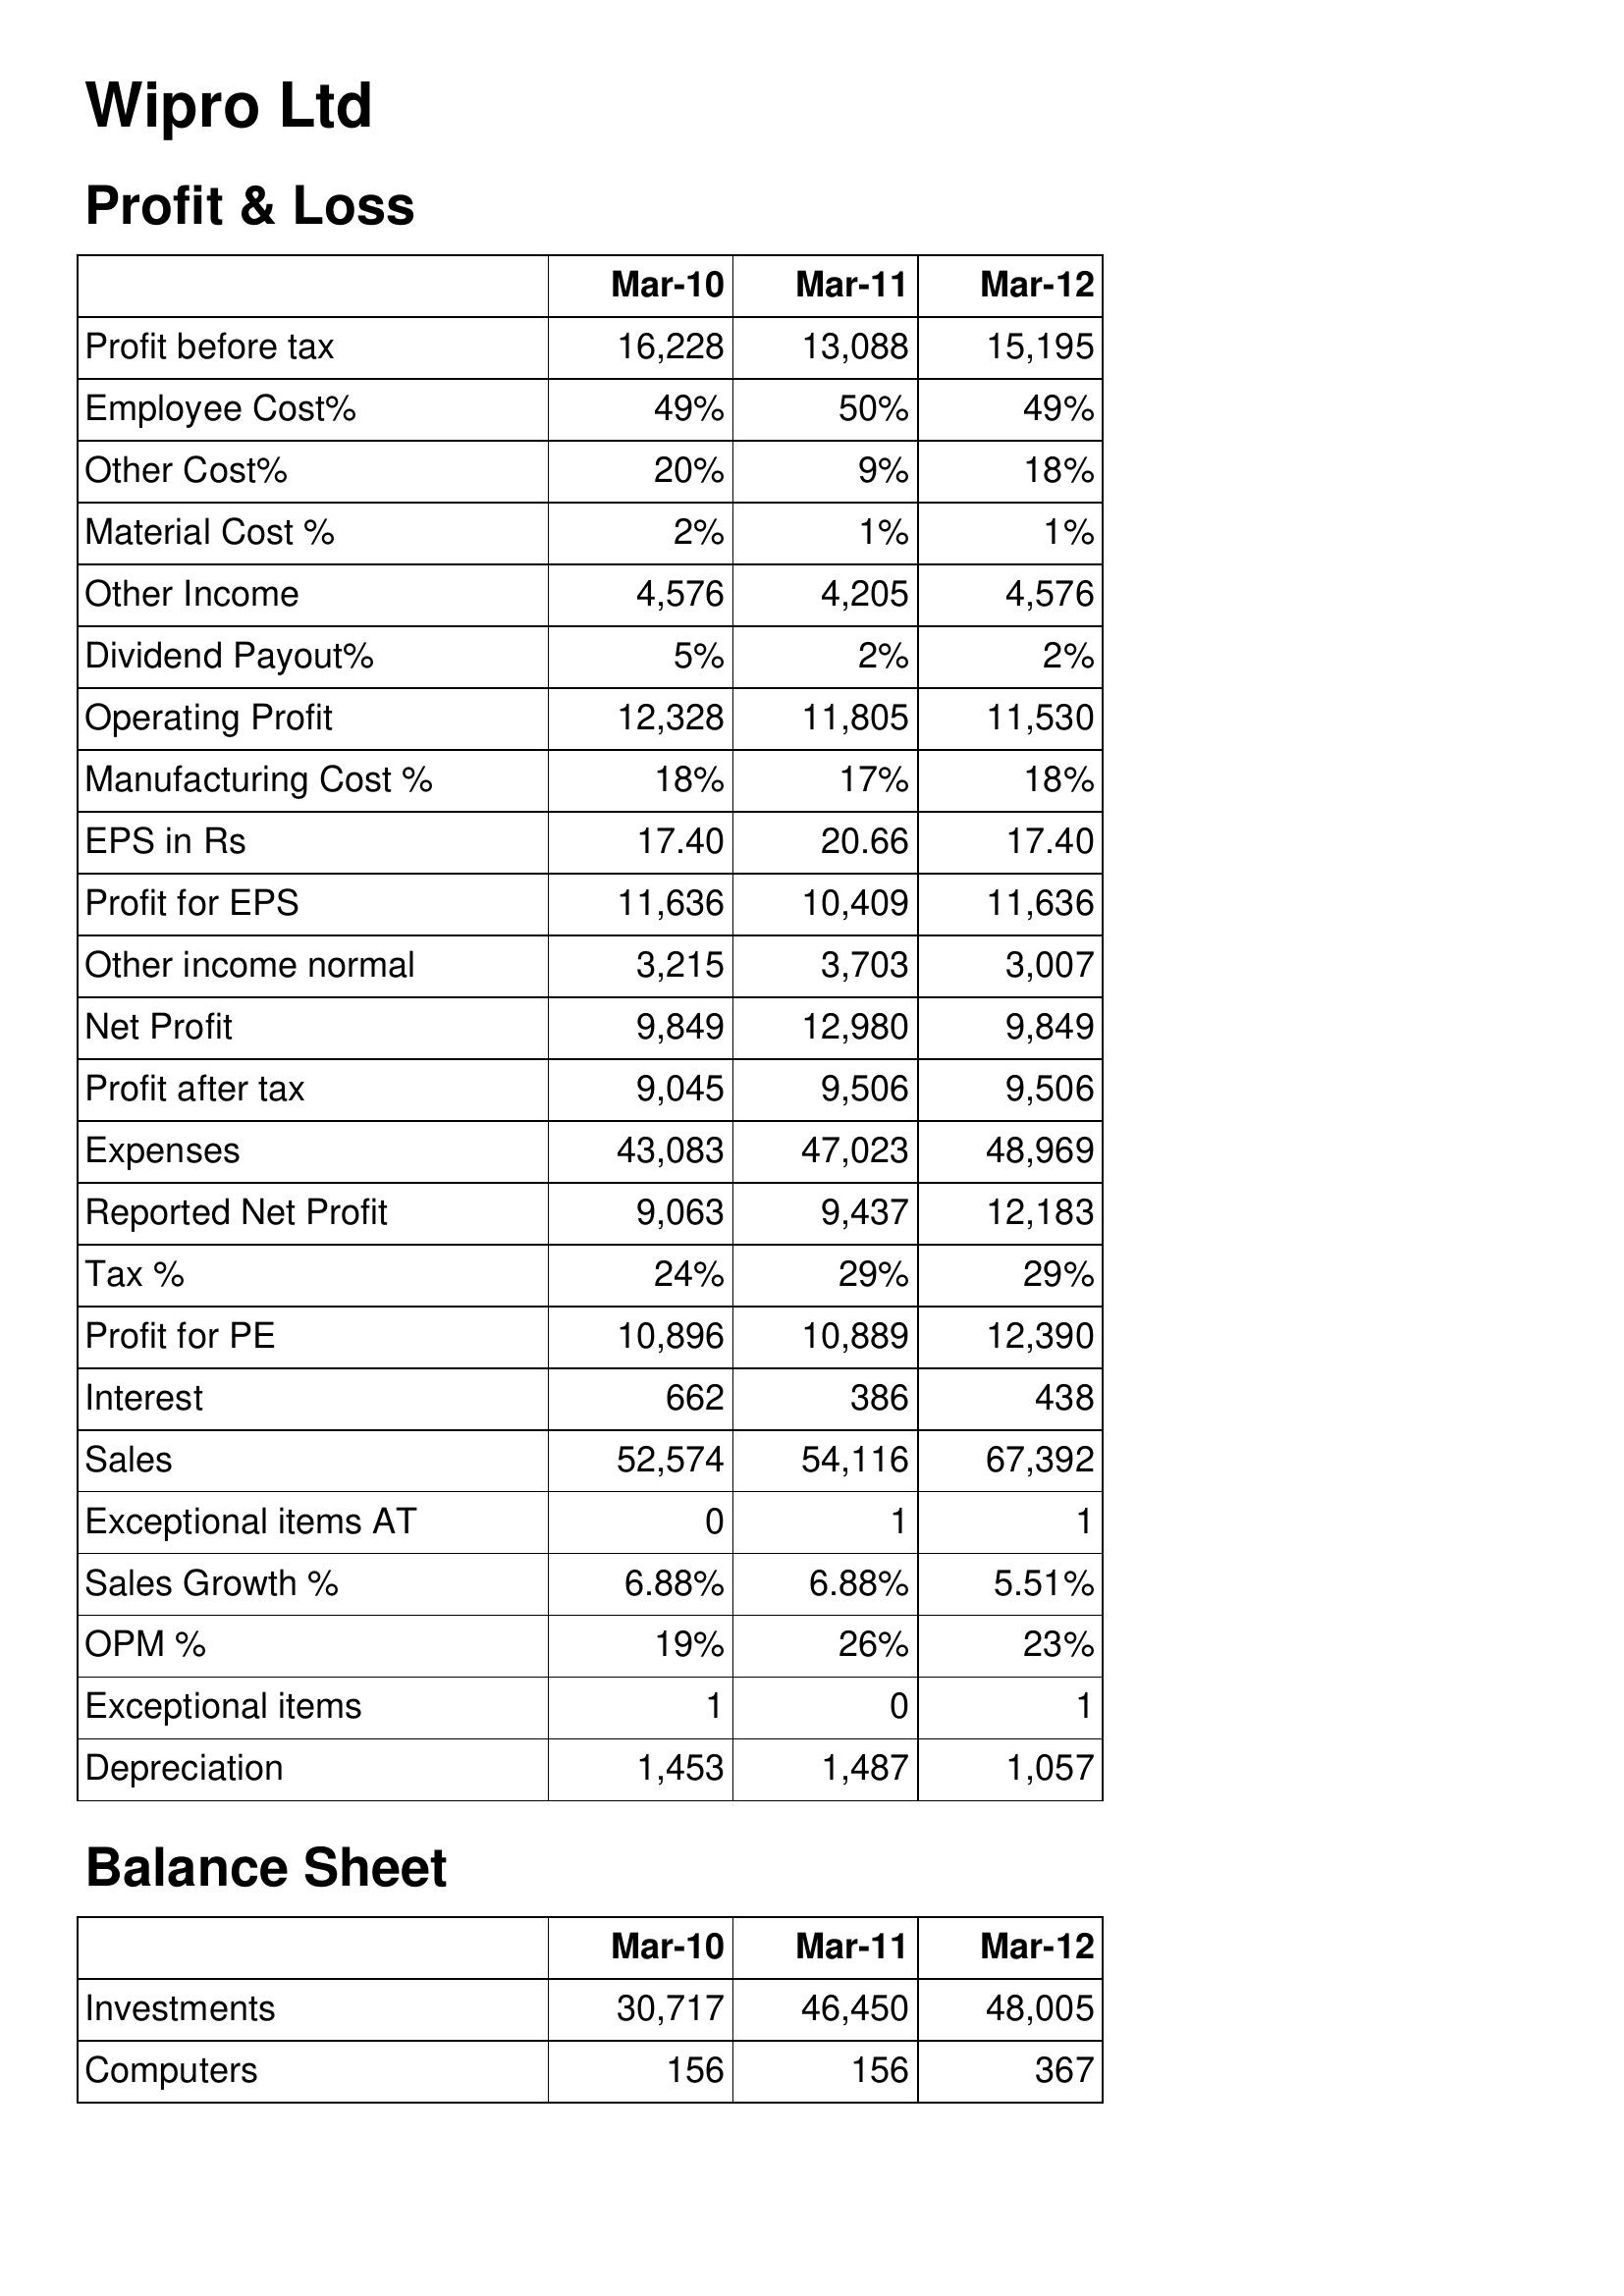
Mar-10: Profit & Loss: Profit before tax: 16,228
Employee Cost%: 49%
Other Cost%: 20%
Material Cost %: 2%
Other Income: 4,576
Dividend Payout%: 5%
Operating Profit: 12,328
Manufacturing Cost %: 18%
EPS in Rs: 17.40
Profit for EPS: 11,636
Other income normal: 3,215
Net Profit: 9,849
Profit after tax: 9,045
Expenses: 43,083
Reported Net Profit: 9,063
Tax %: 24%
Profit for PE: 10,896
Interest: 662
Sales: 52,574
Exceptional items AT: 0
Sales Growth %: 6.88%
OPM %: 19%
Exceptional items: 1
Depreciation: 1,453
Balance Sheet: Investments: 30,717
Computers: 156
Mar-11: Profit & Loss: Profit before tax: 13,088
Employee Cost%: 50%
Other Cost%: 9%
Material Cost %: 1%
Other Income: 4,205
Dividend Payout%: 2%
Operating Profit: 11,805
Manufacturing Cost %: 17%
EPS in Rs: 20.66
Profit for EPS: 10,409
Other income normal: 3,703
Net Profit: 12,980
Profit after tax: 9,506
Expenses: 47,023
Reported Net Profit: 9,437
Tax %: 29%
Profit for PE: 10,889
Interest: 386
Sales: 54,116
Exceptional items AT: 1
Sales Growth %: 6.88%
OPM %: 26%
Exceptional items: 0
Depreciation: 1,487
Balance Sheet: Investments: 46,450
Computers: 156
Mar-12: Profit & Loss: Profit before tax: 15,195
Employee Cost%: 49%
Other Cost%: 18%
Material Cost %: 1%
Other Income: 4,576
Dividend Payout%: 2%
Operating Profit: 11,530
Manufacturing Cost %: 18%
EPS in Rs: 17.40
Profit for EPS: 11,636
Other income normal: 3,007
Net Profit: 9,849
Profit after tax: 9,506
Expenses: 48,969
Reported Net Profit: 12,183
Tax %: 29%
Profit for PE: 12,390
Interest: 438
Sales: 67,392
Exceptional items AT: 1
Sales Growth %: 5.51%
OPM %: 23%
Exceptional items: 1
Depreciation: 1,057
Balance Sheet: Investments: 48,005
Computers: 367